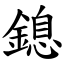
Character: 鎴